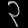
Digit: ၃